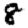
Digit: 8